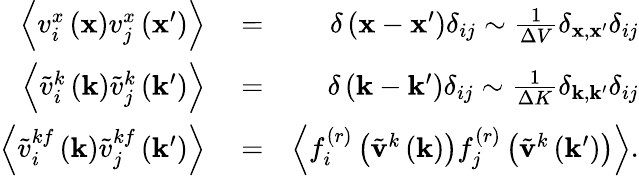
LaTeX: \begin{array}{rlr}{\left\langle v_{i}^{x}\left(\mathbf{x}\right)v_{j}^{x}\left(\mathbf{x}^{\prime}\right)\right\rangle}&{{}=}&{\delta\left(\mathbf{x}-\mathbf{x}^{\prime}\right)\delta_{ij}\sim\frac{1}{\Delta V}\delta_{\mathbf{x},\mathbf{x}^{\prime}}\delta_{ij}}\\ {\left\langle\tilde{v}_{i}^{k}\left(\mathbf{k}\right)\tilde{v}_{j}^{k}\left(\mathbf{k}^{\prime}\right)\right\rangle}&{{}=}&{\delta\left(\mathbf{k}-\mathbf{k}^{\prime}\right)\delta_{ij}\sim\frac{1}{\Delta K}\delta_{\mathbf{k},\mathbf{k}^{\prime}}\delta_{ij}}\\ {\left\langle\tilde{v}_{i}^{kf}\left(\mathbf{k}\right)\tilde{v}_{j}^{kf}\left(\mathbf{k}^{\prime}\right)\right\rangle}&{{}=}&{\left\langle f_{i}^{(r)}\left(\tilde{\mathbf{v}}^{k}\left(\mathbf{k}\right)\right)f_{j}^{(r)}\left(\tilde{\mathbf{v}}^{k}\left(\mathbf{k}^{\prime}\right)\right)\right\rangle.}\end{array}